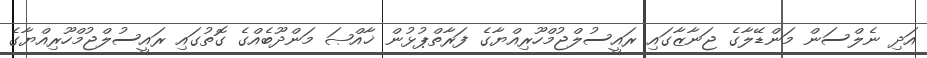
އަދި ނެލްސަން މަންޑޭލާގެ ޖަނާޒާގައި ރައީސުލްޖުމްހޫރިއްޔާގެ ފަރާތްޕުޅުން ޚާއްޞަ މަންދޫބެއްގެ ގޮތުގައި ރައީސުލްޖުމްހޫރިއްޔާގެ